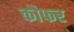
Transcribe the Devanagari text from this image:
कौफर